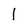
Character: 1